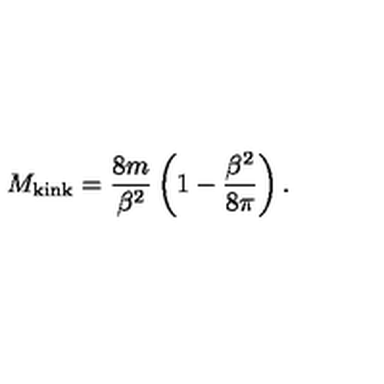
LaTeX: M _ { \mathrm { k i n k } } = { \frac { 8 m } { \beta ^ { 2 } } } \left( 1 - { \frac { \beta ^ { 2 } } { 8 \pi } } \right) .